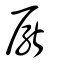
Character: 厭